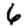
Digit: 6